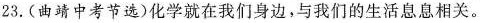
23.(曲靖中考节选)化学就在我们身边，与我们的生活息息相关。